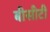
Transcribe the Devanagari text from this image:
बीसीटी